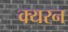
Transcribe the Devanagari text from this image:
क्यरन